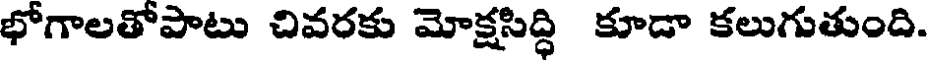
భోగాలతోపాటు చివరకు మోక్షసిద్ధి కూడా కలుగుతుంది.